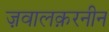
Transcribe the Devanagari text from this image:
ज़वालक़रनीन